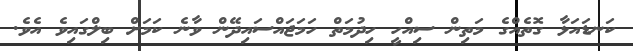
ކަނޑައަޅާ ގޮތެއްގެ މަތިން ސިއްހީ ހިދުމަތް ހަމަޖައްސައިދޭން ވާނެ ކަމަށް ބިލްގައިވެ އެވެ.